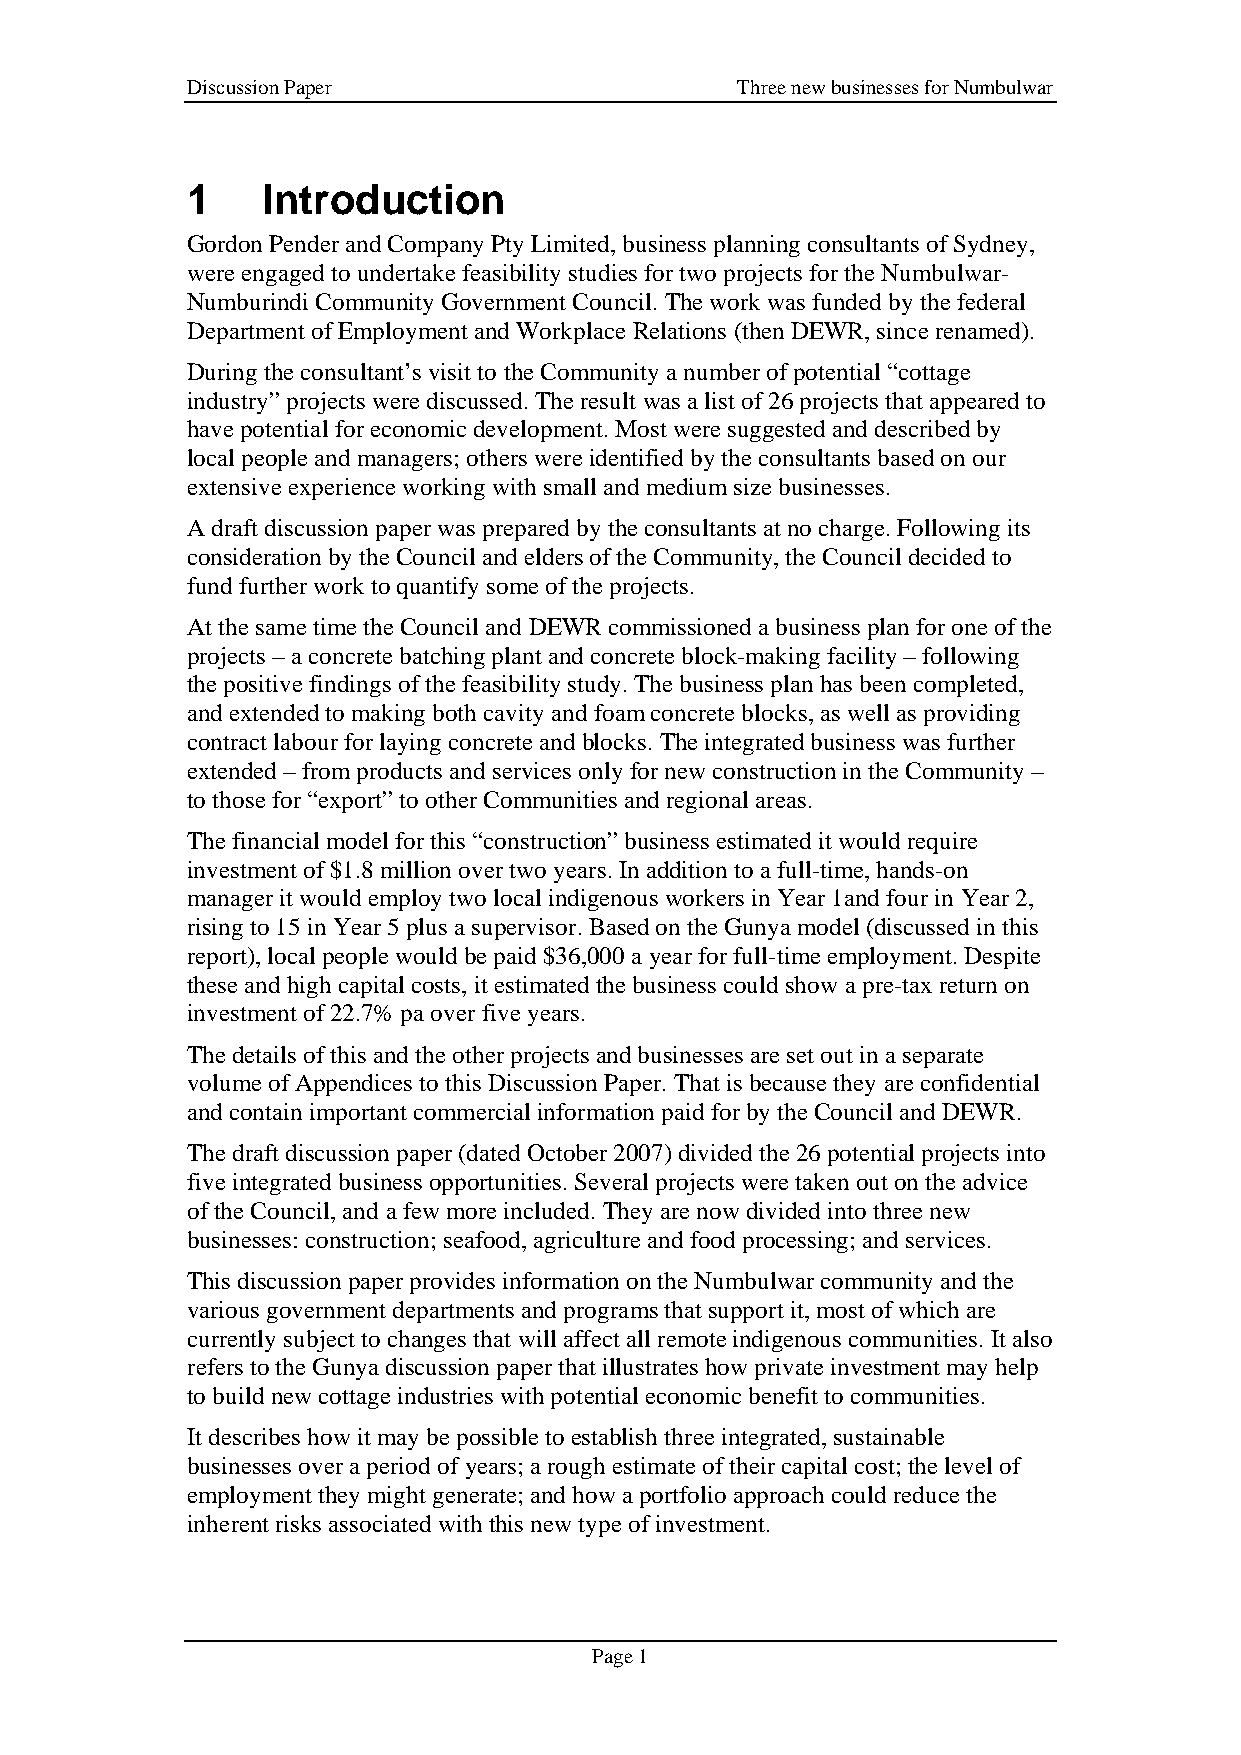
Discussion Paper                     Three new businesses for Numbulwar
 1    Introduction
 Gordon Pender and Company Pty Limited, business planning consultants of Sydney,
 were engaged to undertake feasibility studies for two projects for the Numbulwar-
 Numburindi Community Government Council. The work was funded by the federal
 Department of Employment and Workplace Relations (then DEWR, since renamed).
 During the consultant’s visit to the Community a number of potential “cottage
 industry” projects were discussed. The result was a list of 26 projects that appeared to
 have potential for economic development. Most were suggested and described by
 local people and managers; others were identified by the consultants based on our
 extensive experience working with small and medium size businesses.
 A draft discussion paper was prepared by the consultants at no charge. Following its
 consideration by the Council and elders of the Community, the Council decided to
 fund further work to quantify some of the projects.
 At the same time the Council and DEWR commissioned a business plan for one of the
 projects – a concrete batching plant and concrete block-making facility – following
 the positive findings of the feasibility study. The business plan has been completed,
 and extended to making both cavity and foam concrete blocks, as well as providing
 contract labour for laying concrete and blocks. The integrated business was further
 extended – from products and services only for new construction in the Community –
 to those for “export” to other Communities and regional areas.
 The financial model for this “construction” business estimated it would require
 investment of $1.8 million over two years. In addition to a full-time, hands-on
 manager it would employ two local indigenous workers in Year 1and four in Year 2,
 rising to 15 in Year 5 plus a supervisor. Based on the Gunya model (discussed in this
 report), local people would be paid $36,000 a year for full-time employment. Despite
 these and high capital costs, it estimated the business could show a pre-tax return on
 investment of 22.7% pa over five years.
 The details of this and the other projects and businesses are set out in a separate
 volume of Appendices to this Discussion Paper. That is because they are confidential
 and contain important commercial information paid for by the Council and DEWR.
 The draft discussion paper (dated October 2007) divided the 26 potential projects into
 five integrated business opportunities. Several projects were taken out on the advice
 of the Council, and a few more included. They are now divided into three new
 businesses: construction; seafood, agriculture and food processing; and services.
 This discussion paper provides information on the Numbulwar community and the
 various government departments and programs that support it, most of which are
 currently subject to changes that will affect all remote indigenous communities. It also
 refers to the Gunya discussion paper that illustrates how private investment may help
 to build new cottage industries with potential economic benefit to communities.
 It describes how it may be possible to establish three integrated, sustainable
 businesses over a period of years; a rough estimate of their capital cost; the level of
 employment they might generate; and how a portfolio approach could reduce the
 inherent risks associated with this new type of investment.
 Page 1